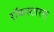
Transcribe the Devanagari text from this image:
रॉकस्टारस्